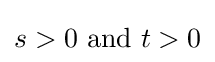
s>0{\text{ and }}t>0